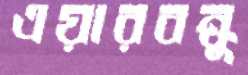
এয়ারবন্ধু